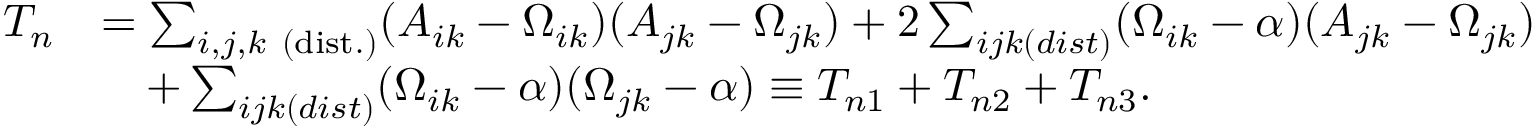
\begin{array} { r l } { T _ { n } } & { = \sum _ { i , j , k \mathrm { ~ ( d i s t . ) } } ( A _ { i k } - \Omega _ { i k } ) ( A _ { j k } - \Omega _ { j k } ) + 2 \sum _ { i j k ( d i s t ) } ( \Omega _ { i k } - \alpha ) ( A _ { j k } - \Omega _ { j k } ) } \\ & { \quad + \sum _ { i j k ( d i s t ) } ( \Omega _ { i k } - \alpha ) ( \Omega _ { j k } - \alpha ) \equiv T _ { n 1 } + T _ { n 2 } + T _ { n 3 } . } \end{array}